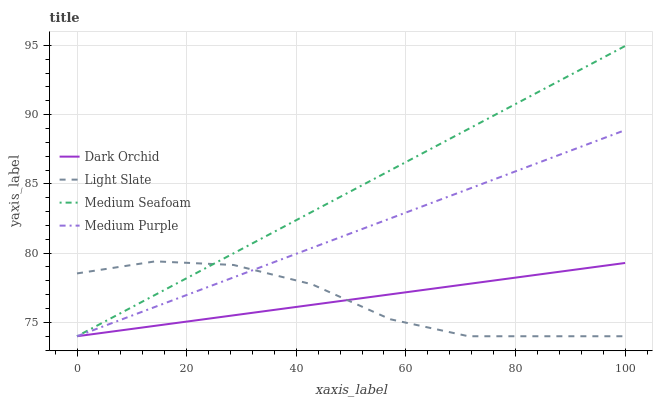
| xaxis_label | Dark Orchid | Light Slate | Medium Seafoam | Medium Purple |
 | --- | --- | --- | --- | --- |
 | 0 | 74 | 78.5 | 74 | 74 |
 | 14.3 | 74.8 | 79.4 | 77 | 76.1 |
 | 28.6 | 75.5 | 79.1 | 80 | 78.3 |
 | 42.9 | 76.3 | 77.8 | 83 | 80.4 |
 | 57.1 | 77 | 75.2 | 86 | 82.5 |
 | 71.4 | 77.8 | 74 | 89 | 84.6 |
 | 85.7 | 78.5 | 74 | 92 | 86.8 |
 | 100 | 79.3 | 74 | 95 | 88.9 |